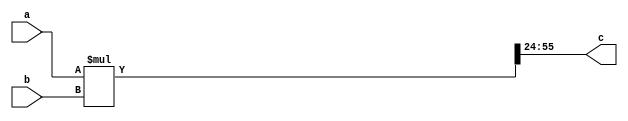
module multiplier (a,b,c);

parameter N = 32;
parameter frac = 24;

input signed [N-1:0] a;
input signed [N-1:0] b;
output signed [N-1:0] c;

wire signed [2*N-1:0] temp;

assign temp = a*b;
assign c = temp[((2*N-1)-(N-frac)):frac];

endmodule